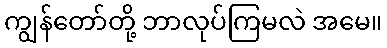
ကျွန်တော်တို့ ဘာလုပ်ကြမလဲ အမေ။